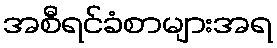
အစီရင်ခံစာများအရ